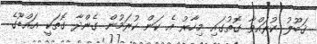
ޤަބޫލު ކުރައްވާ ގޮތުގައި މިހާރު އެ ކަން ކުރަމުން ގެންދާ ގޮތަކީ އައްޑޫގެ